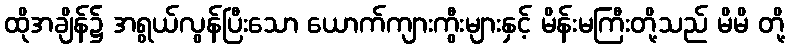
ထိုအချိန်၌ အရွယ်လွန်ပြီးသော ယောက်ကျားကွီးများနှင့် မိန်းမကြီးတို့သည် မိမိ တို့